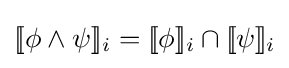
[\![\phi \wedge \psi ]\!]_{i}=[\![\phi ]\!]_{i}\cap [\![\psi ]\!]_{i}